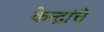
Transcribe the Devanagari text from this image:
केन्द्रांचे